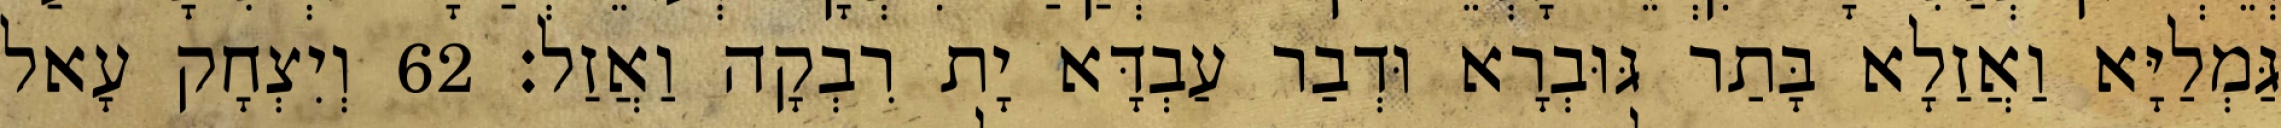
גַּמְלַיָּא וַאֲזַלָא בָּתַר גּוּבְרָא וּדְבַר עַבְדָּא יָת רִבְקָה וַאֲזַל׃ 62 וְיִצְחָק עָאל